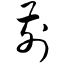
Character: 前